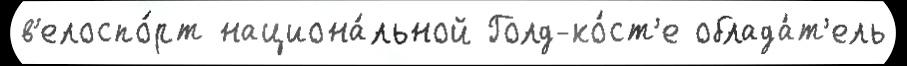
в'елоспо́рт национа́льной Голд-ко́ст'е облада́т'ель